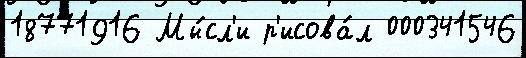
18771916 Мы́сл'и р'исова́л 000341546